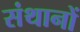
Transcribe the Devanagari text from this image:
संथानों